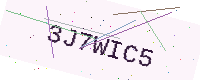
Text: 3J7WIC5